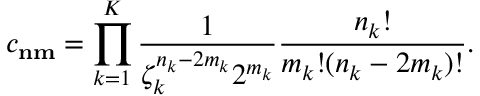
c _ { \bf n m } = \prod _ { k = 1 } ^ { K } \frac { 1 } { \zeta _ { k } ^ { n _ { k } - 2 m _ { k } } 2 ^ { m _ { k } } } \frac { n _ { k } ! } { m _ { k } ! ( n _ { k } - 2 m _ { k } ) ! } .